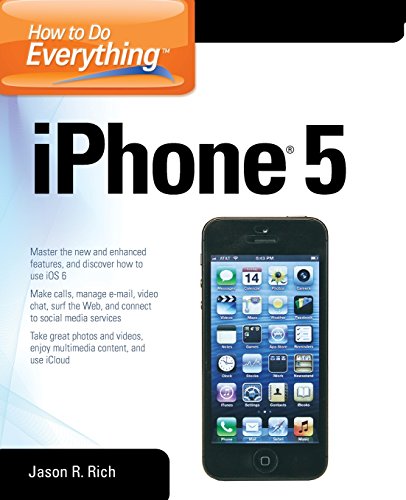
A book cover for How to Do Everything: iPhone 5; Jason R. Rich; Computers & Technology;